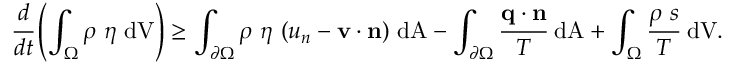
{ { \cfrac { d } { d t } } \left( \int _ { \Omega } \rho ~ \eta ~ { \mathrm { d V } } \right) \geq \int _ { \partial \Omega } \rho ~ \eta ~ ( u _ { n } - \mathbf { v } \cdot \mathbf { n } ) ~ { \mathrm { d A } } - \int _ { \partial \Omega } { \cfrac { \mathbf { q } \cdot \mathbf { n } } { T } } ~ { \mathrm { d A } } + \int _ { \Omega } { \cfrac { \rho ~ s } { T } } ~ { \mathrm { d V } } . }